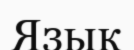
Язык